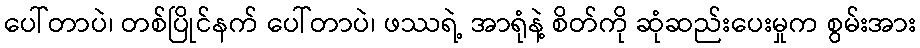
ပေါ်တာပဲ၊ တစ်ပြိုင်နက် ပေါ်တာပဲ၊ ဖဿရဲ့ အာရုံနဲ့ စိတ်ကို ဆုံဆည်းပေးမှုက စွမ်းအား